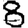
Digit: 8